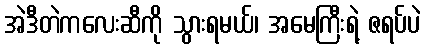
အဲဒီတဲကလေးဆီကို သွားရမယ်၊ အမေကြီးရဲ့ ဇရပ်ပဲ